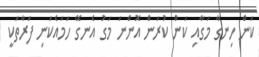
ކަން ހިނގާ މަގާއި ކަން ކުރަން އޮންނަ މަގު އެނގޭ ހަމައެކަނި ފަރާތަކީ